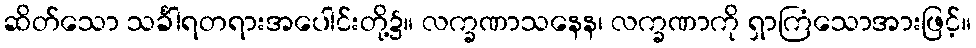
ဆိတ်သော သင်္ခါရတရားအပေါင်းတို့၌။ လက္ခဏာသနေန၊ လက္ခဏာကို ရှာကြံသောအားဖြင့်။